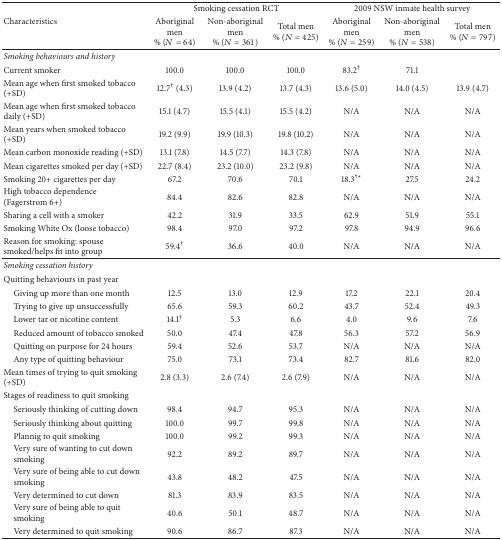
<table><thead><tr><td rowspan="2"><b>Characteristics</b></td><td colspan="3"><b>Smoking cessation RCT</b></td><td colspan="3"><b>2009 NSW inmate health survey</b></td></tr><tr><td><b>Aboriginal men % (<i>N</i> = 64)</b></td><td><b>Non-aboriginal men % (<i>N</i> = 361)</b></td><td><b>Total men% (<i>N</i> = 425)</b></td><td><b>Aboriginal men% (<i>N</i> = 259)</b></td><td><b>Non-aboriginal men % (<i>N</i> = 538)</b></td><td><b>Total men% (<i>N</i> = 797)</b></td></tr></thead><tbody><tr><td><i>Smoking behaviours and history </i></td><td>[EMPTY_CELL]</td><td>[EMPTY_CELL]</td><td>[EMPTY_CELL]</td><td>[EMPTY_CELL]</td><td>[EMPTY_CELL]</td><td>[EMPTY_CELL]</td></tr><tr><td>Current smoker</td><td>100.0</td><td>100.0</td><td>100.0</td><td>83.2<sup>†</sup></td><td>71.1</td><td>[EMPTY_CELL]</td></tr><tr><td>Mean age when first smoked tobacco (+SD)</td><td>12.7<sup>†</sup> (4.3)</td><td>13.9 (4.2)</td><td>13.7 (4.3)</td><td>13.6 (5.0)</td><td>14.0 (4.5)</td><td>13.9 (4.7)</td></tr><tr><td>Mean age when first smoked tobacco daily (+SD)</td><td>15.1 (4.7)</td><td>15.5 (4.1)</td><td>15.5 (4.2)</td><td>N/A</td><td>N/A</td><td>N/A</td></tr><tr><td>Mean years when smoked tobacco (+SD) </td><td>19.2 (9.9)</td><td>19.9 (10.3)</td><td>19.8 (10.2)</td><td>N/A</td><td>N/A</td><td>N/A</td></tr><tr><td>Mean carbon monoxide reading (+SD)</td><td>13.1 (7.8)</td><td>14.5 (7.7)</td><td>14.3 (7.8)</td><td>N/A</td><td>N/A</td><td>N/A</td></tr><tr><td>Mean cigarettes smoked per day (+SD)</td><td>22.7 (8.4)</td><td>23.2 (10.0)</td><td>23.2 (9.8)</td><td>N/A</td><td>N/A</td><td>N/A</td></tr><tr><td>Smoking 20+ cigarettes per day</td><td>67.2</td><td>70.6</td><td>70.1</td><td>18.3<sup>†∗</sup></td><td>27.5</td><td>24.2</td></tr><tr><td>High tobacco dependence (Fagerstrom 6+)</td><td>84.4</td><td>82.6</td><td>82.8</td><td>N/A</td><td>N/A</td><td>N/A</td></tr><tr><td>Sharing a cell with a smoker</td><td>42.2</td><td>31.9</td><td>33.5</td><td>62.9</td><td>51.9</td><td>55.1</td></tr><tr><td>Smoking White Ox (loose tobacco)</td><td>98.4</td><td>97.0</td><td>97.2</td><td>97.8</td><td>94.9</td><td>96.6</td></tr><tr><td>Reason for smoking: spouse smoked/helps fit into group</td><td>59.4<sup>†</sup></td><td>36.6</td><td>40.0</td><td>N/A</td><td>N/A</td><td>N/A</td></tr><tr><td><i>Smoking cessation history </i></td><td>[EMPTY_CELL]</td><td>[EMPTY_CELL]</td><td>[EMPTY_CELL]</td><td>[EMPTY_CELL]</td><td>[EMPTY_CELL]</td><td>[EMPTY_CELL]</td></tr><tr><td>Quitting behaviours in past year</td><td>[EMPTY_CELL]</td><td>[EMPTY_CELL]</td><td>[EMPTY_CELL]</td><td>[EMPTY_CELL]</td><td>[EMPTY_CELL]</td><td>[EMPTY_CELL]</td></tr><tr><td> Giving up more than one month</td><td>12.5</td><td>13.0</td><td>12.9</td><td>17.2</td><td>22.1</td><td>20.4</td></tr><tr><td> Trying to give up unsuccessfully</td><td>65.6</td><td>59.3</td><td>60.2</td><td>43.7</td><td>52.4</td><td>49.3</td></tr><tr><td> Lower tar or nicotine content</td><td>14.1<sup>†</sup></td><td>5.3</td><td>6.6</td><td>4.0</td><td>9.6</td><td>7.6</td></tr><tr><td> Reduced amount of tobacco smoked</td><td>50.0</td><td>47.4</td><td>47.8</td><td>56.3</td><td>57.2</td><td>56.9</td></tr><tr><td> Quitting on purpose for 24 hours</td><td>59.4</td><td>52.6</td><td>53.7</td><td>N/A</td><td>N/A</td><td>N/A</td></tr><tr><td> Any type of quitting behaviour</td><td>75.0</td><td>73.1</td><td>73.4</td><td>82.7</td><td>81.6</td><td>82.0</td></tr><tr><td>Mean times of trying to quit smoking (+SD)</td><td>2.8 (3.3)</td><td>2.6 (7.4)</td><td>2.6 (7.9)</td><td>N/A</td><td>N/A</td><td>N/A</td></tr><tr><td>Stages of readiness to quit smoking</td><td>[EMPTY_CELL]</td><td>[EMPTY_CELL]</td><td>[EMPTY_CELL]</td><td>[EMPTY_CELL]</td><td>[EMPTY_CELL]</td><td>[EMPTY_CELL]</td></tr><tr><td> Seriously thinking of cutting down</td><td>98.4</td><td>94.7</td><td>95.3</td><td>N/A</td><td>N/A</td><td>N/A</td></tr><tr><td> Seriously thinking about quitting</td><td>100.0</td><td>99.7</td><td>99.8</td><td>N/A</td><td>N/A</td><td>N/A</td></tr><tr><td> Plannig to quit smoking</td><td>100.0</td><td>99.2</td><td>99.3</td><td>N/A</td><td>N/A</td><td>N/A</td></tr><tr><td> Very sure of wanting to cut down smoking</td><td>92.2</td><td>89.2</td><td>89.7</td><td>N/A</td><td>N/A</td><td>N/A</td></tr><tr><td> Very sure of being able to cut down smoking</td><td>43.8</td><td>48.2</td><td>47.5</td><td>N/A</td><td>N/A</td><td>N/A</td></tr><tr><td> Very determined to cut down</td><td>81.3</td><td>83.9</td><td>83.5</td><td>N/A</td><td>N/A</td><td>N/A</td></tr><tr><td> Very sure of being able to quit smoking</td><td>40.6</td><td>50.1</td><td>48.7</td><td>N/A</td><td>N/A</td><td>N/A</td></tr><tr><td> Very determined to quit smoking</td><td>90.6</td><td>86.7</td><td>87.3</td><td>N/A</td><td>N/A</td><td>N/A</td></tr></tbody></table>